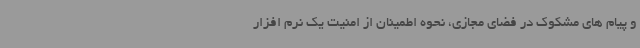
و پیام های مشکوک در فضای مجازی، نحوه اطمینان از امنیت یک نرم افزار